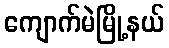
ကျောက်မဲမြို့နယ်